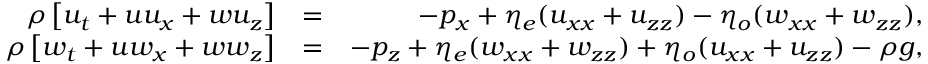
\begin{array} { r l r } { \rho \left[ u _ { t } + u u _ { x } + w u _ { z } \right] } & { = } & { - p _ { x } + \eta _ { e } ( u _ { x x } + u _ { z z } ) - \eta _ { o } ( w _ { x x } + w _ { z z } ) , } \\ { \rho \left[ w _ { t } + u w _ { x } + w w _ { z } \right] } & { = } & { - p _ { z } + \eta _ { e } ( w _ { x x } + w _ { z z } ) + \eta _ { o } ( u _ { x x } + u _ { z z } ) - \rho g , } \end{array}